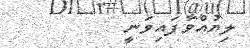
ލިޔުއްވާފައިވަނީ